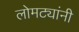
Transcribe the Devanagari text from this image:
लोमट्यांनी